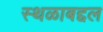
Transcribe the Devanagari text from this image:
स्थळाबद्दल